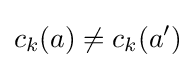
c_{k}(a)\neq c_{k}(a')